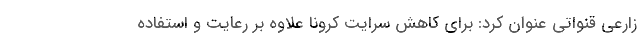
زارعی قنواتی عنوان کرد: برای کاهش سرایت کرونا علاوه بر رعایت و استفاده